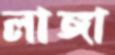
লাঙ্গা